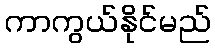
ကာကွယ်နိုင်မည်